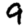
Digit: 9